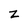
Character: z